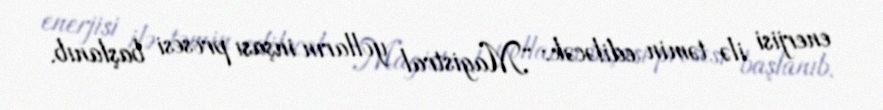
enerjisi ilə təmin ediləcək: “Magistral yolların inşası prosesi başlanıb.